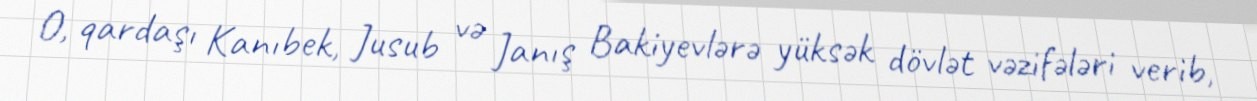
O, qardaşı Kanıbek, Jusub və Janış Bakiyevlərə yüksək dövlət vəzifələri verib,